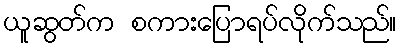
ယူဆွတ်က စကားပြောရပ်လိုက်သည်။